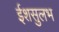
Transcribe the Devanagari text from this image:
ईशसुलभ